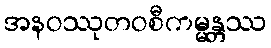
အနဝဿုတဝစီကမ္မန္တဿ